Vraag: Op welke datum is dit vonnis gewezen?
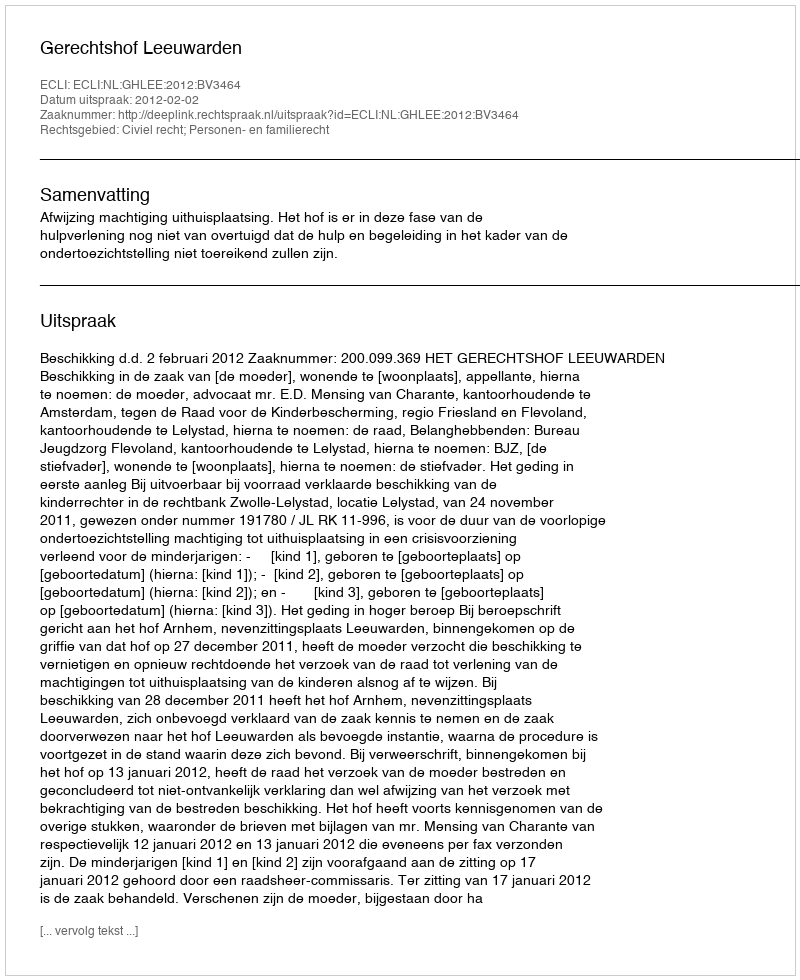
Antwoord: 2012-02-02